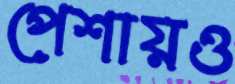
পেশায়ও